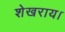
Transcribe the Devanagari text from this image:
शेखराय।